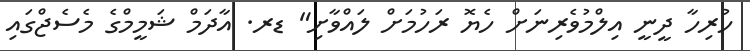
ހުރިހާ ދީނީ އިލްމުވެރިނަށް ހެޔޮ ރަހުމަށް ލައްވާށި" ޑރ. އާދަމް ޝަމީމްގެ މެސެޖްގައި